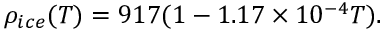
\rho _ { i c e } ( T ) = 9 1 7 ( 1 - 1 . 1 7 \times 1 0 ^ { - 4 } T ) .